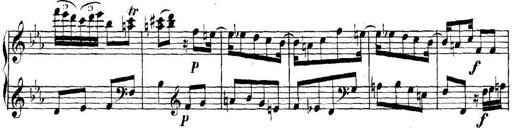
Title: Collected Piano Sonatas
Composer: Muzio Clementi